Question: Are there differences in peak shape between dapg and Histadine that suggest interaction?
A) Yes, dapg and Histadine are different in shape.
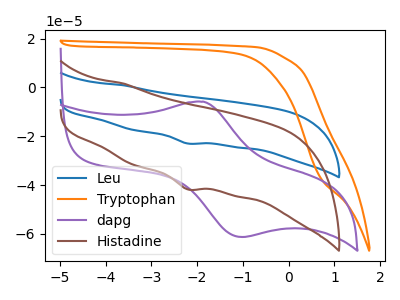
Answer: <think>The blue curve "Leu" has a cathodic peak at: (-2.20V, -23.00uA). The orange curve "Tryptophan" has no peaks. The purple curve "dapg" has an anodic peak at (-1.85V, -5.90uA) and a cathodic peak at (-1.00V, -61.30uA). The brown curve "Histadine" has a cathodic peak at: (-2.20V, -41.75uA).
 "dapg" and "Histadine" have a different number of peaks.</think>
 <answer>A) Yes, "dapg" and "Histadine" are different in shape.</answer>
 <eval>A</eval>